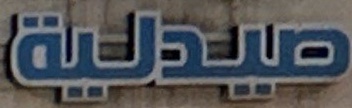
صيدلية